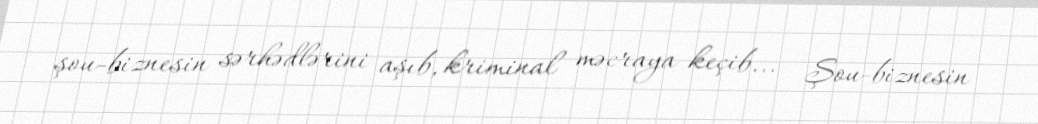
şou-biznesin sərhədlərini aşıb, kriminal məcraya keçib... - Şou-biznesin